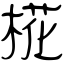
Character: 椛